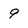
Character: 9